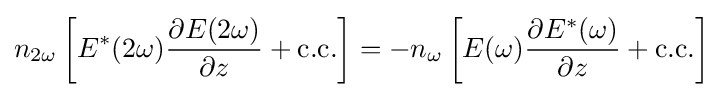
n_{2\omega }\left[E^{*}(2\omega ){\frac {\partial E(2\omega )}{\partial z}}+{\text{c.c.}}\right]=-n_{\omega }\left[E(\omega ){\frac {\partial E^{*}(\omega )}{\partial z}}+{\text{c.c.}}\right]